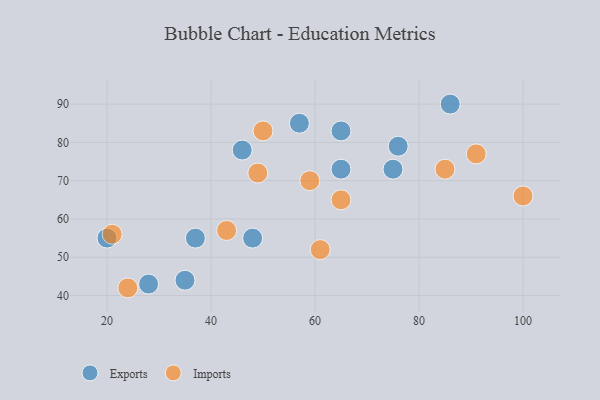
{"axis": {"x": "GDP", "y": "Life Expectancy"}, "legend": ["Exports", "Imports"], "data": [{"x": "86", "y": 90, "type": "Exports"}, {"x": "28", "y": 43, "type": "Exports"}, {"x": "35", "y": 44, "type": "Exports"}, {"x": "48", "y": 55, "type": "Exports"}, {"x": "46", "y": 78, "type": "Exports"}, {"x": "65", "y": 83, "type": "Exports"}, {"x": "57", "y": 85, "type": "Exports"}, {"x": "20", "y": 55, "type": "Exports"}, {"x": "65", "y": 73, "type": "Exports"}, {"x": "76", "y": 79, "type": "Exports"}, {"x": "75", "y": 73, "type": "Exports"}, {"x": "37", "y": 55, "type": "Exports"}, {"x": "50", "y": 83, "type": "Imports"}, {"x": "91", "y": 77, "type": "Imports"}, {"x": "100", "y": 66, "type": "Imports"}, {"x": "59", "y": 70, "type": "Imports"}, {"x": "24", "y": 42, "type": "Imports"}, {"x": "85", "y": 73, "type": "Imports"}, {"x": "61", "y": 52, "type": "Imports"}, {"x": "49", "y": 72, "type": "Imports"}, {"x": "65", "y": 65, "type": "Imports"}, {"x": "43", "y": 57, "type": "Imports"}, {"x": "21", "y": 56, "type": "Imports"}]}